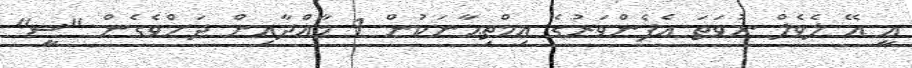
އީ އޭ ލެވެލް ނުވަތަ އެފެންވަރުގެ އިމްތިޙާނަކުން 1 މާއްދާއިން ދަށްވެގެން "ސީ"